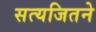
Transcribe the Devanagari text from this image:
सत्यजितने